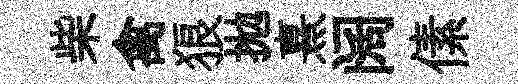
柴禽狼拋熹阔傃